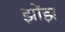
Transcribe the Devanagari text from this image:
झोंझ